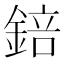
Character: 錇